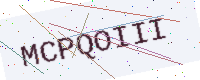
Text: MCPQOIII